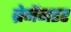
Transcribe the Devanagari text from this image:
ब्रेनेंनडर